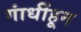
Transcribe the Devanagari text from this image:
गांधींहून